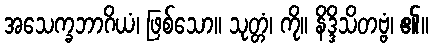
အသေက္ခဘာဂိယံ၊ ဖြစ်သော။ သုတ္တံ၊ ကို။ နိဒ္ဒိသိတဗ္ဗံ၊ ၏။